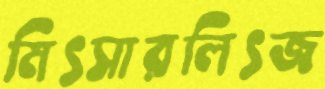
মিৎসারলিৎজ